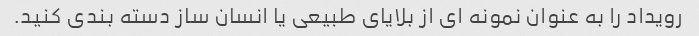
رویداد را به عنوان نمونه ای از بلایای طبیعی یا انسان ساز دسته بندی کنید.